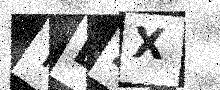
Text: TL2X